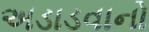
અડાડવાનો